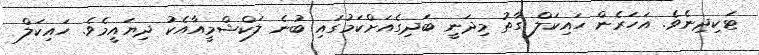
ޓަކިދިނެވެ. އަހަރެން ހައިކަލް ގާތު މިދަނީ ބަދިގެއަށްކަމުގައި ބުނެ ލަކްޝްމީއާއެކު ދިޔައީމެވެ. ހައިކަލް